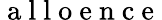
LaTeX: \mathrm{~a~l~l~o~e~n~c~e~}